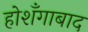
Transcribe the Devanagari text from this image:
होशँगाबाद